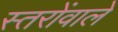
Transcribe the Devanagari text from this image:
स्तरोंवाले